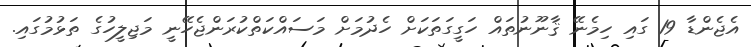
އެޖެންޑާ 19 ގައި ހިމެނޭ ޤާނޫނުތައް ހަގީގަތަކަށް ހެދުމަށް މަސައްކަތްކުރަންޖެހޭނީ މަޖިލީހުގެ ތަޅުމުގައި.